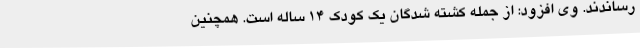
رساندند. وی افزود: از جمله کشته شدگان یک کودک 14 ساله است. همچنین